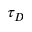
\tau _ { D }